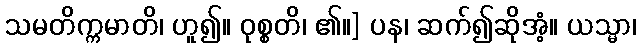
သမတိက္ကမာတိ၊ ဟူ၍။ ဝုစ္စတိ၊ ၏။] ပန၊ ဆက်၍ဆိုအံ့။ ယသ္မာ၊